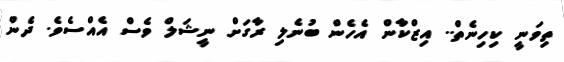
ތިވަނީ ކިހިނެތް.. އިޒްކާން އެހެން ބުނެލި ރާގަށް ނީޝަލް ވެސް އެއްސެވެ. ދެން